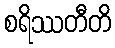
စရိဿတီတိ